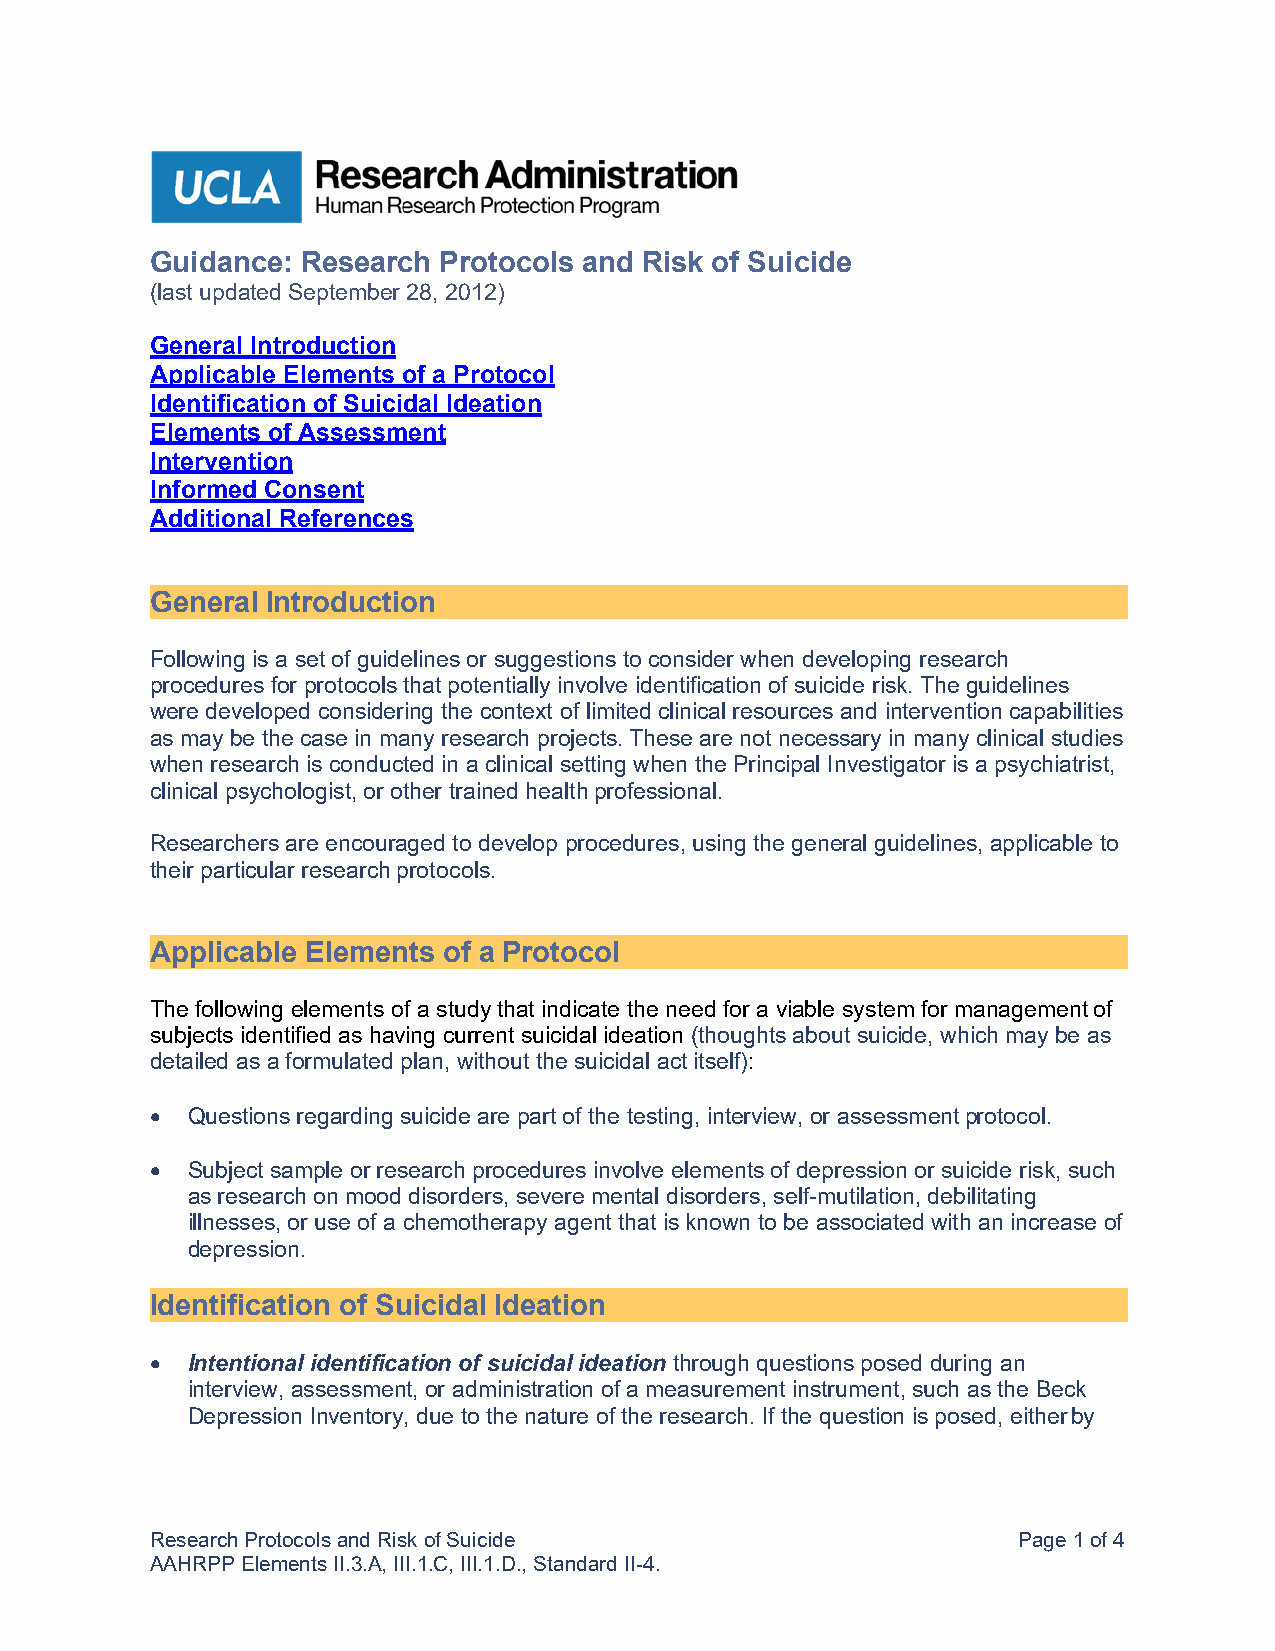
Guidance: Research Protocols and Risk of Suicide
 (last updated September 28, 2012)
 General Introduction
 Applicable Elements of a Protocol
 Identification of Suicidal Ideation
 Elements of Assessment
 Intervention
 Informed Consent
 Additional References
 General Introduction
 Following is a set of guidelines or suggestions to consider when developing research
 procedures for protocols that potentially involve identification of suicide risk. The guidelines
 were developed considering the context of limited clinical resources and intervention capabilities
 as may be the case in many research projects. These are not necessary in many clinical studies
 when research is conducted in a clinical setting when the Principal Investigator is a psychiatrist,
 clinical psychologist, or other trained health professional.
 Researchers are encouraged to develop procedures, using the general guidelines, applicable to
 their particular research protocols.
 Applicable Elements of a Protocol
 The following elements of a study that indicate the need for a viable system for management of
 subjects identified as having current suicidal ideation (thoughts about suicide, which may be as
 detailed as a formulated plan, without the suicidal act itself):
 • Questions regarding suicide are part of the testing, interview, or assessment protocol.
 • Subject sample or research procedures involve elements of depression or suicide risk, such
 as research on mood disorders, severe mental disorders, self-mutilation, debilitating
 illnesses, or use of a chemotherapy agent that is known to be associated with an increase of
 depression.
 Identification of Suicidal Ideation
 • Intentional identification of suicidal ideation through questions posed during an
 interview, assessment, or administration of a measurement instrument, such as the Beck
 Depression Inventory, due to the nature of the research. If the question is posed, either by
 Research Protocols and Risk of Suicide                   Page 1 of 4
 AAHRPP Elements II.3.A, III.1.C, III.1.D., Standard II-4.